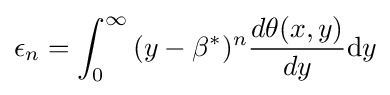
{\epsilon _{n}}=\int _{0}^{\infty }{(y-{\beta ^{*}})^{n}{d\theta (x,y) \over dy}\mathrm {d} y}